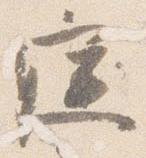
庭